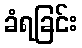
ခံရခြင်း